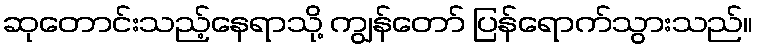
ဆုတောင်းသည့်နေရာသို့ ကျွန်တော် ပြန်ရောက်သွားသည်။